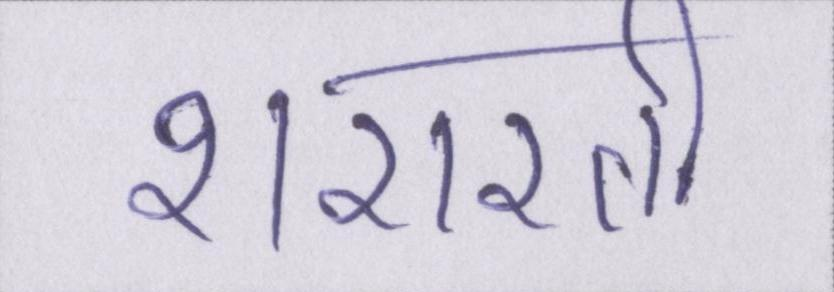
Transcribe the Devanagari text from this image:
शरारती